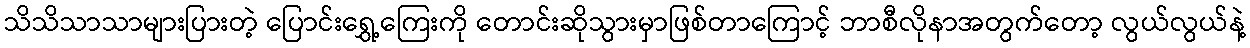
သိသိသာသာများပြားတဲ့ ပြောင်းရွှေ့ကြေးကို တောင်းဆိုသွားမှာဖြစ်တာကြောင့် ဘာစီလိုနာအတွက်တော့ လွယ်လွယ်နဲ့